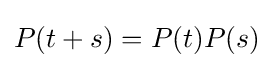
P(t+s)=P(t)P(s)